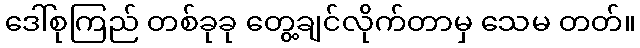
ဒေါ်စုကြည် တစ်ခုခု တွေ့ချင်လိုက်တာမှ သေမ တတ်။